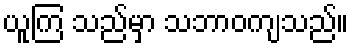
ယူကြ သည်မှာ သဘာဝကျသည်။